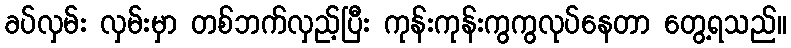
ခပ်လှမ်း လှမ်းမှာ တစ်ဘက်လှည့်ပြီး ကုန်းကုန်းကွကွလုပ်နေတာ တွေ့ရသည်။